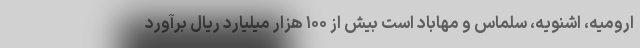
ارومیه، اشنویه، سلماس و مهاباد است بیش از ۱۰۰ هزار میلیارد ریال برآورد